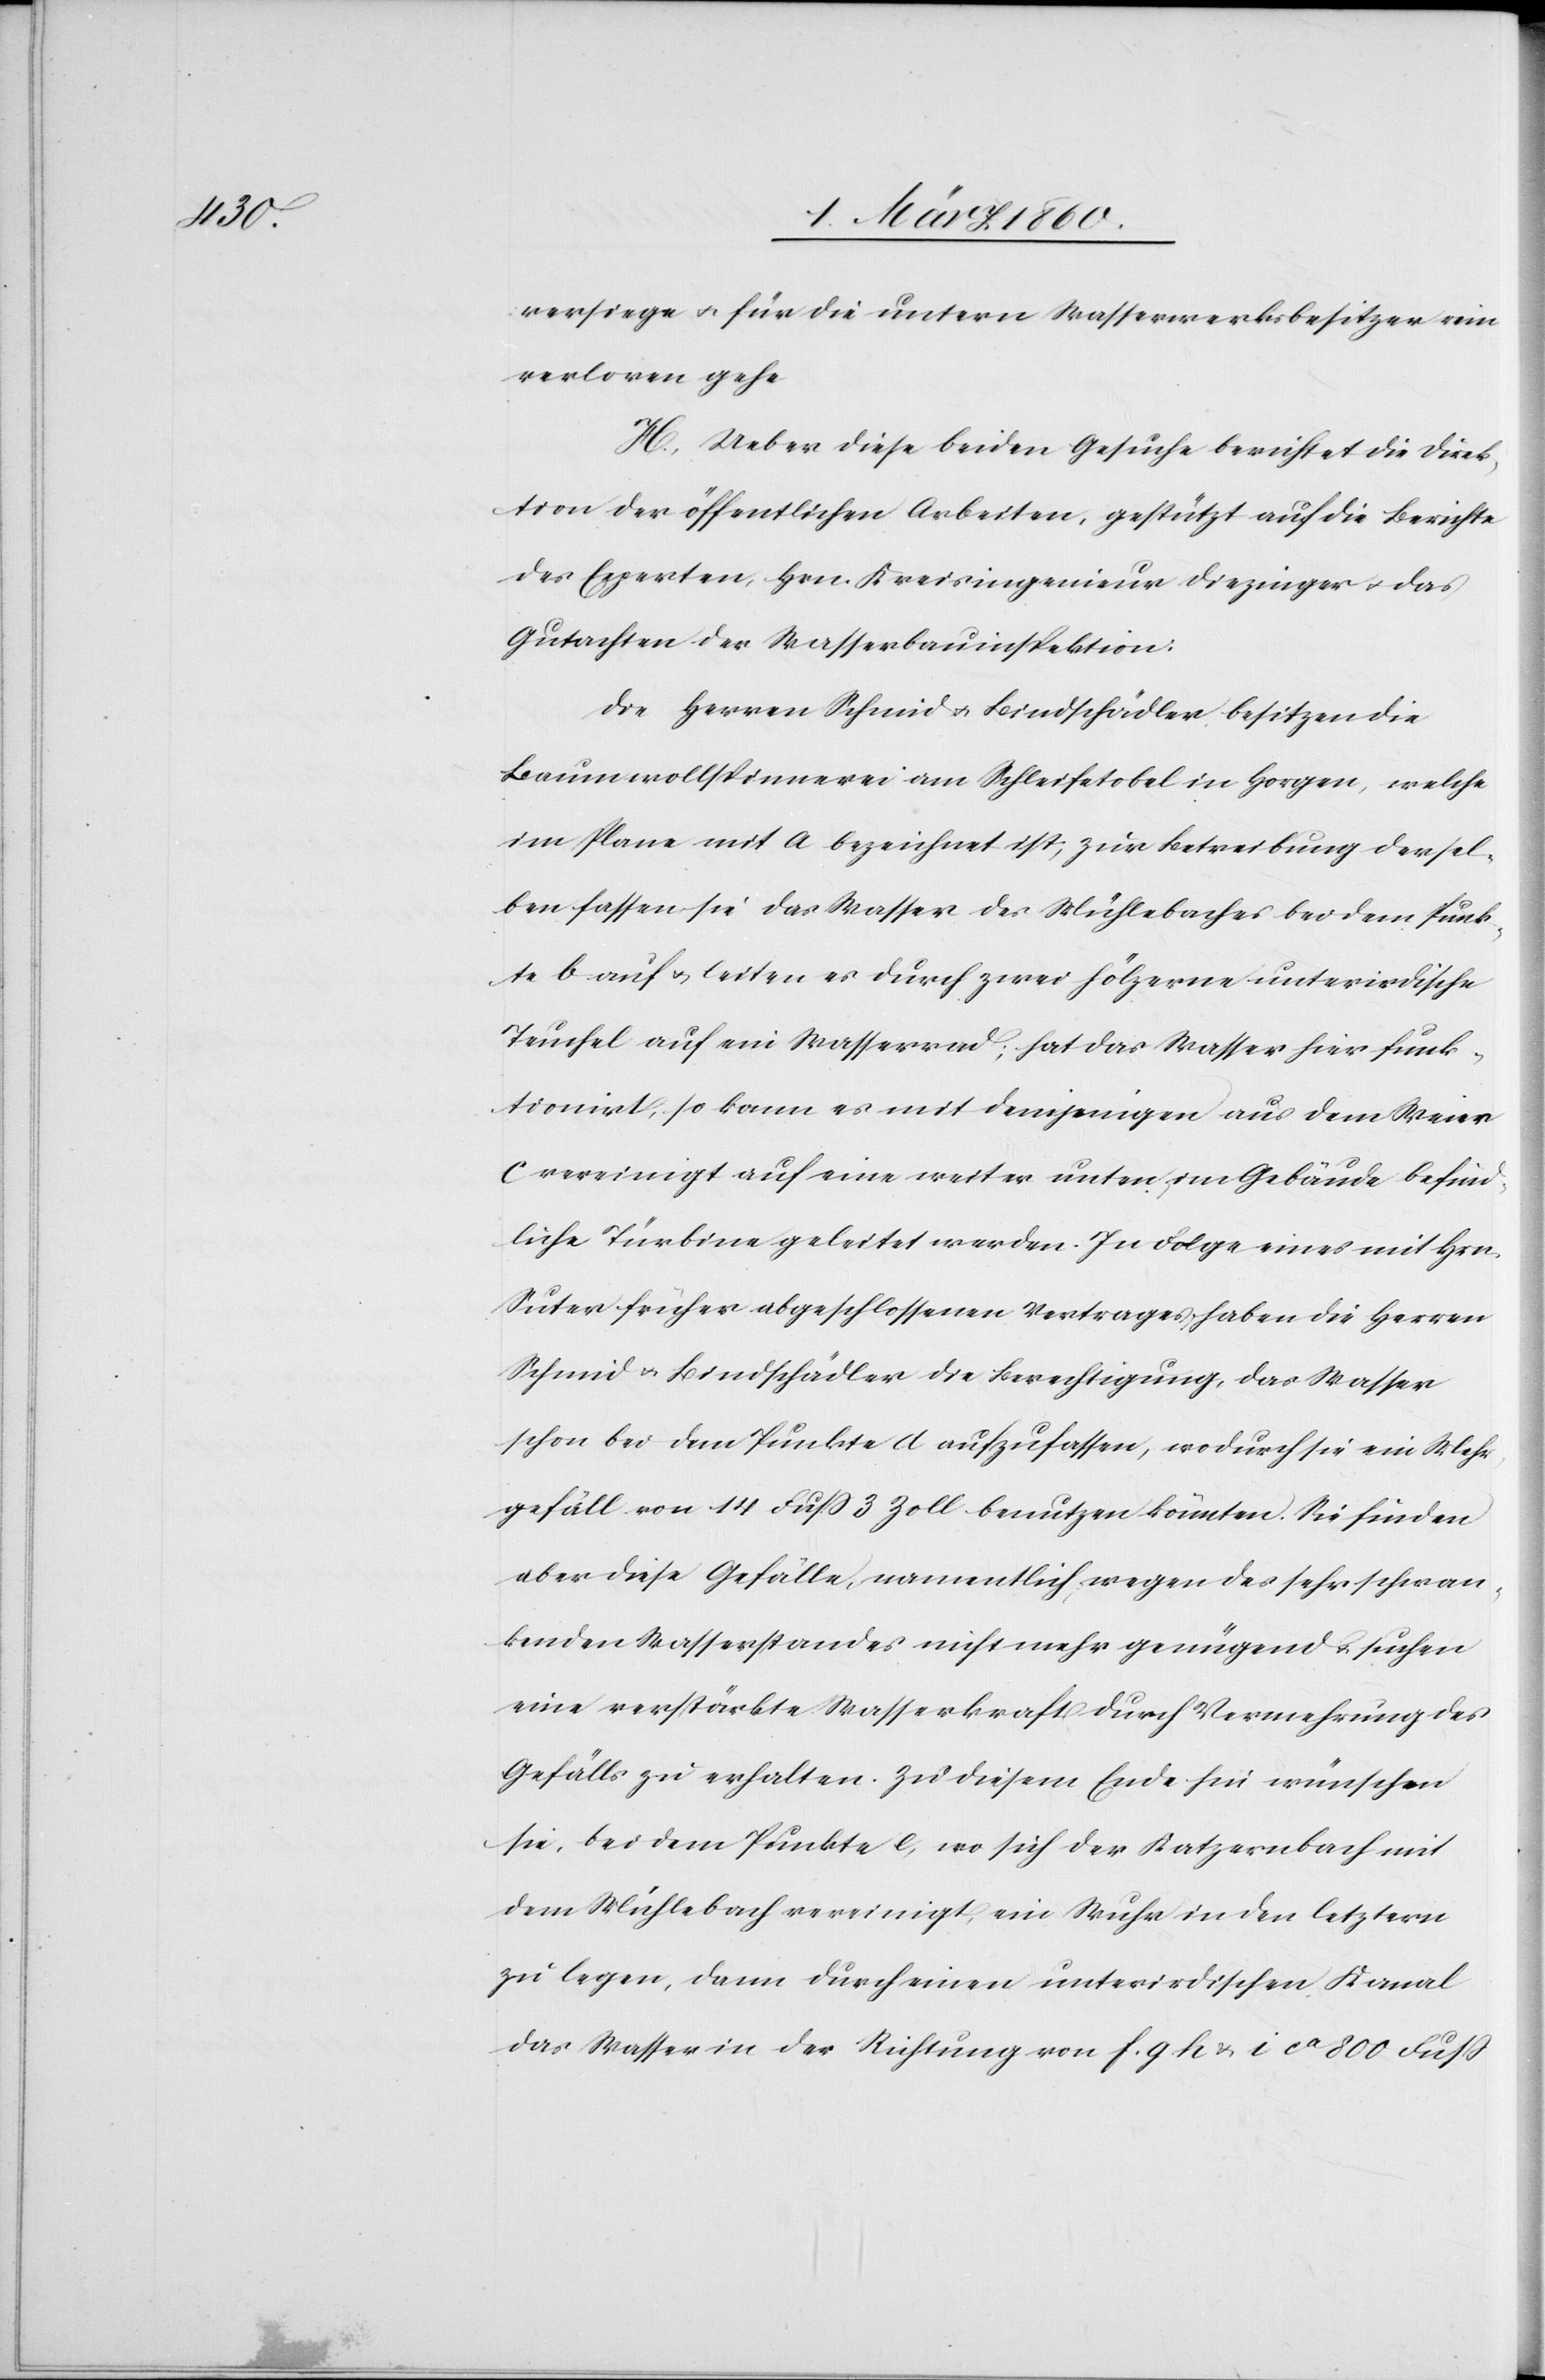
versiege u. für die untern Wasserwerkbesitzer rein
verloren gehe.
H. Ueber diese beiden Gesuche berichtet die Direk¬
tion der öffentlichen Arbeiten, gestützt auf die Berichte
des Experten, Hrn. Kreisingenieur Diezinger u. das
Gutachten der Wasserbauinspektion:
Die Herren Schmid u. Bindschädler besitzen die
Baumwollenspinnerei am Schleifetobel in Horgen, welche
im Plane mit a bezeichnet ist, zur Betreibung dersel¬
ben fassen sie das Wasser des Mühlebaches bei dem Punk¬
te b. auf u. leiten es durch zwei hölzerne unterirdische
Teuchel auf ein Wasserrad; hat das Wasser hier funk¬
tionirt, so kann es mit demjenigen aus dem Weier
c. vereinigt auf eine weiter untern im Gebäude befind¬
liche Turbine geleitet werden. In Folge eines mit Hrn.
Suter früher abgeschlossenen Vertrages haben die Herren
Schmid u. Bindschädler die Berechtigung, das Wasser
schon bei dem Punkte d aufzufassen, wodurch sie ein Wehr¬
gefäll von 14 Fuss 3 Zoll benutzen könnten. Sie finden
aber diese Gefälle, namentlich wegen des sehr schwan¬
kenden Wasserstandes nicht mehr genügend u. suchen
eine verstärkte Wasserkraft durch Vermehrung des
Gefälls zu erhalten. Zu diesem Ende hin wünschen
sie, bei dem Punkte e, wo sich der Katzernbach mit
dem Mühlebach vereinigt, ein Wuhr in den letztern
zu legen, dann durch einen unterirdischen Kanal
das Wasser in der Richtung von f g h u. i ca 800 Fuss